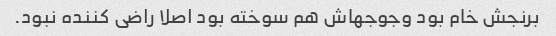
برنجش خام بود وجوجهاش هم سوخته بود اصلا راضی کننده نبود.